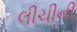
લીચીની